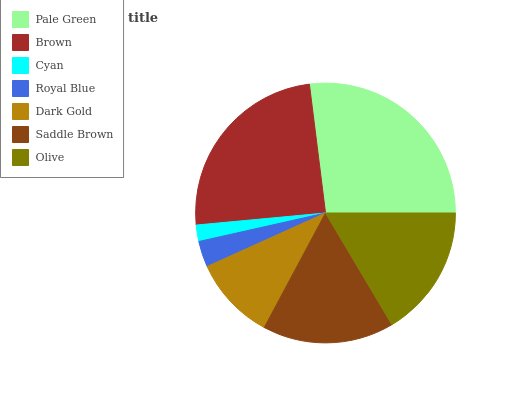
| Pale Green | Brown | Cyan | Royal Blue | Dark Gold | Saddle Brown | Olive |
 | --- | --- | --- | --- | --- | --- | --- |
 | 27% | 24.5% | 2.04% | 3.24% | 10.4% | 16.4% | 16.4% |